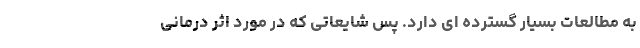
به مطالعات بسیار گسترده ای دارد. پس شایعاتی که در مورد اثر درمانی